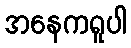
အနေကရူပါ